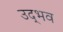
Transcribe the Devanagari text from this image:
उद्‌भव